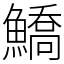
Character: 鱎